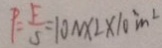
P = \frac { F } { S } = 1 0 N \times 2 \times 1 0 ^ { 3 } m ^ { 2 }